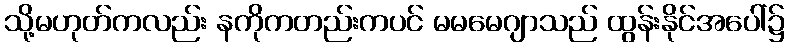
သို့မဟုတ်ကလည်း နကိုကတည်းကပင် မမမေဂျာသည် ထွန်းနိုင်အပေါ်၌